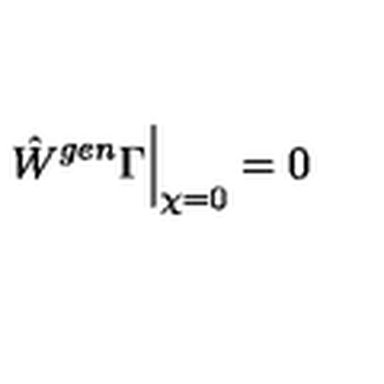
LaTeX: \hat { W } ^ { g e n } { \Gamma } \Big | _ { \chi = 0 } = 0